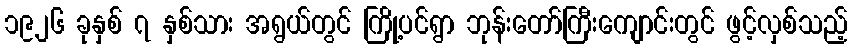
၁၉၂၆ ခုနှစ် ၇ နှစ်သား အရွယ်တွင် ကြို့ပင်ရွာ ဘုန်းတော်ကြီးကျောင်းတွင် ဖွင့်လှစ်သည့်